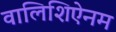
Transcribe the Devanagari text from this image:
वालिशिऐनम